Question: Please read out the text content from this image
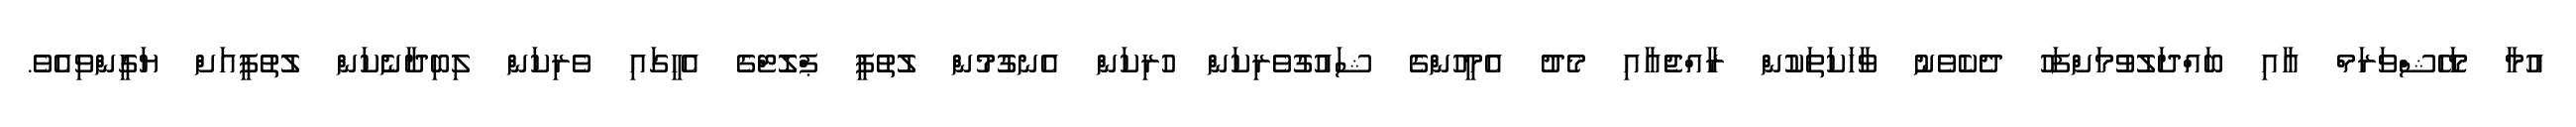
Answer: އުމާ މަހޭޝްވަރަމް އާއި ބައްދަލުވުމަށްފަހު ދެކެވެނު ވާހަކަތަކުން ރާއްޖެއާއި މެދު އެމީހުންގެ ޝައުގުވެރިކަން ހުރިކަން އެނގުމުން ލުތުފީ ޕްލޮޓްގެ އެހީގައި ވެރިކަން ލިބިދާނެކަން ލުތުފީއަށް ޔަގީންވިއެވެ.